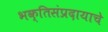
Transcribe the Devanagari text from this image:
भक्तिसंप्रदायाचे